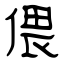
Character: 偎